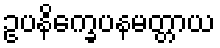
ဥပနိက္ခေပနမတ္တာယ